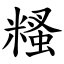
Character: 糔